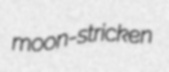
moon-stricken